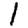
Digit: 1